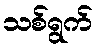
သစ်ရွက်